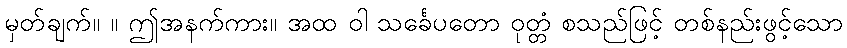
မှတ်ချက်။ ။ ဤအနက်ကား။ အထ ဝါ သင်္ခေပတော ဝုတ္တံ စသည်ဖြင့် တစ်နည်းဖွင့်သော